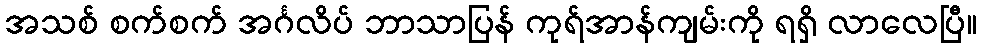
အသစ် စက်စက် အင်္ဂလိပ် ဘာသာပြန် ကုရ်အာန်ကျမ်းကို ရရှိ လာလေပြီ။